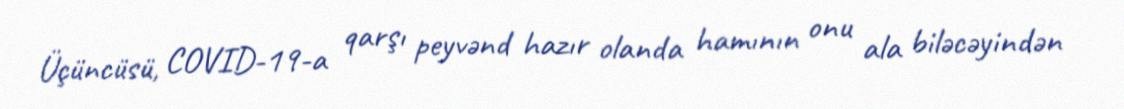
Üçüncüsü, COVID-19-a qarşı peyvənd hazır olanda hamının onu ala biləcəyindən